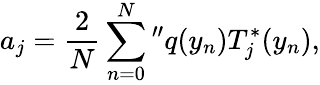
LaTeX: a_{j}=\frac{2}{N}\sum_{n=0}^{N}{}^{\prime\prime}q(y_{n})T_{j}^{*}(y_{n}),